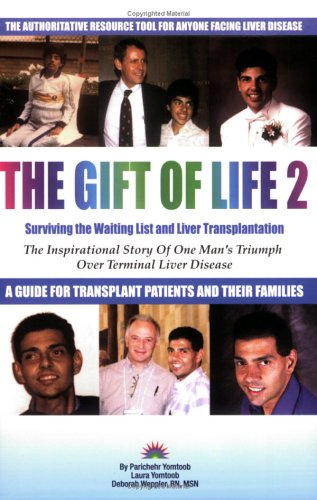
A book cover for The Gift of Life 2: Surviving the Waiting List and Liver Transplantation; Parichehr Yomtoob; Health, Fitness & Dieting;